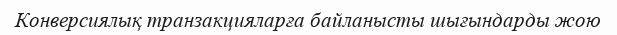
Конверсиялық транзакцияларға байланысты шығындарды жою